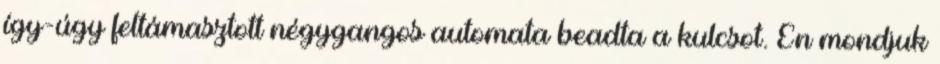
így-úgy feltámasztott négygangos automata beadta a kulcsot. Én mondjuk